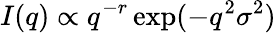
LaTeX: I(q)\propto q^{-r}\exp(-q^{2}\sigma^{2})